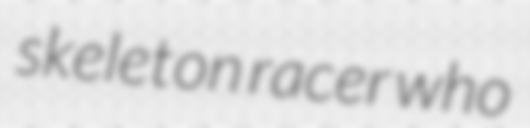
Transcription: skeleton racer who